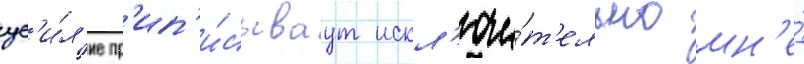
ус'и́л'ие пр'ип'и́сываут искл'ючи́т'ельно мн'е́